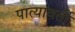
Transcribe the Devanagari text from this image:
पात्यावर्ती